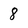
Character: 8